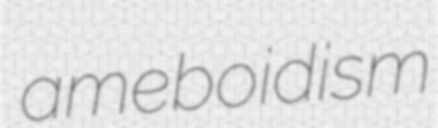
ameboidism